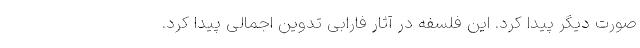
صورت دیگر پیدا کرد. این فلسفه در آثار فارابی تدوین اجمالی پیدا کرد.